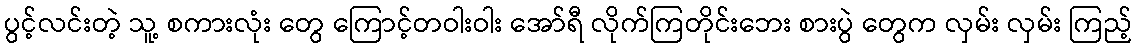
ပွင့်လင်းတဲ့ သူ့ စကားလုံး တွေ ကြောင့်တဝါးဝါး အော်ရီ လိုက်ကြတိုင်းဘေး စားပွဲ တွေက လှမ်း လှမ်း ကြည့်